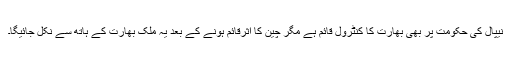
نیپال کی حکومت پر بھی بھارت کا کنٹرول قائم ہے مگر چین کا اثرقائم ہونے کے بعد یہ ملک بھارت کے ہاتھ سے نکل جائیگا۔